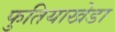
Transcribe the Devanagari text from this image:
फुतियाखेडा